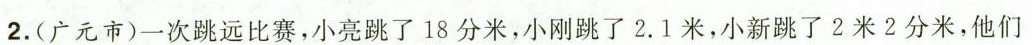
2. (广元市)一次跳远比赛，小亮跳了18分米，小刚跳了2.1米，小新跳了2米2分米，他们